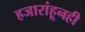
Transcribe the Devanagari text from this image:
हजारांहूनही